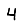
Digit: 4